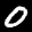
Label: 0